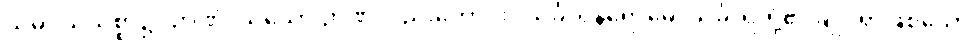
သမုဒယသစ္စာ၌။ ဉာဏံ၊ သိသော ဉာဏ်လည်းကောင်း။ သင်္ခါရနိရောဓေ၊ သင်္ခါရတို့၏ ချုပ်ရာဖြစ်သော